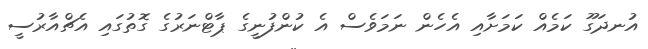
އުނދަގޫ ކަމެއް ކަމަށާއި އެހެން ނަމަވެސް އެ ކުންފުނީގެ ޕާޓްނަރުގެ ގޮތުގައި އެޗްއާރުސީ